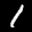
Label: 1